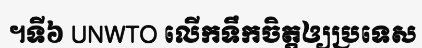
។ទី៦ UNWTO លើកទឹកចិត្តឲ្យប្រទេស